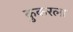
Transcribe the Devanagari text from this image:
कुकरला